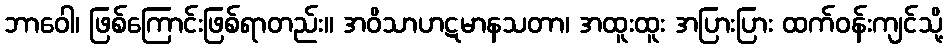
ဘာဝေါ၊ ဖြစ်ကြောင်းဖြစ်ရာတည်း။ အဝိသာဟဋမာနသတာ၊ အထူးထူး အပြားပြား ထက်ဝန်းကျင်သို့